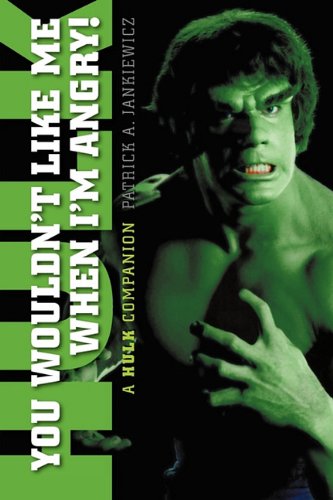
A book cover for You Wouldn't Like Me When I'm Angry: A Hulk Companion; Patrick A. Jankiewicz; Humor & Entertainment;